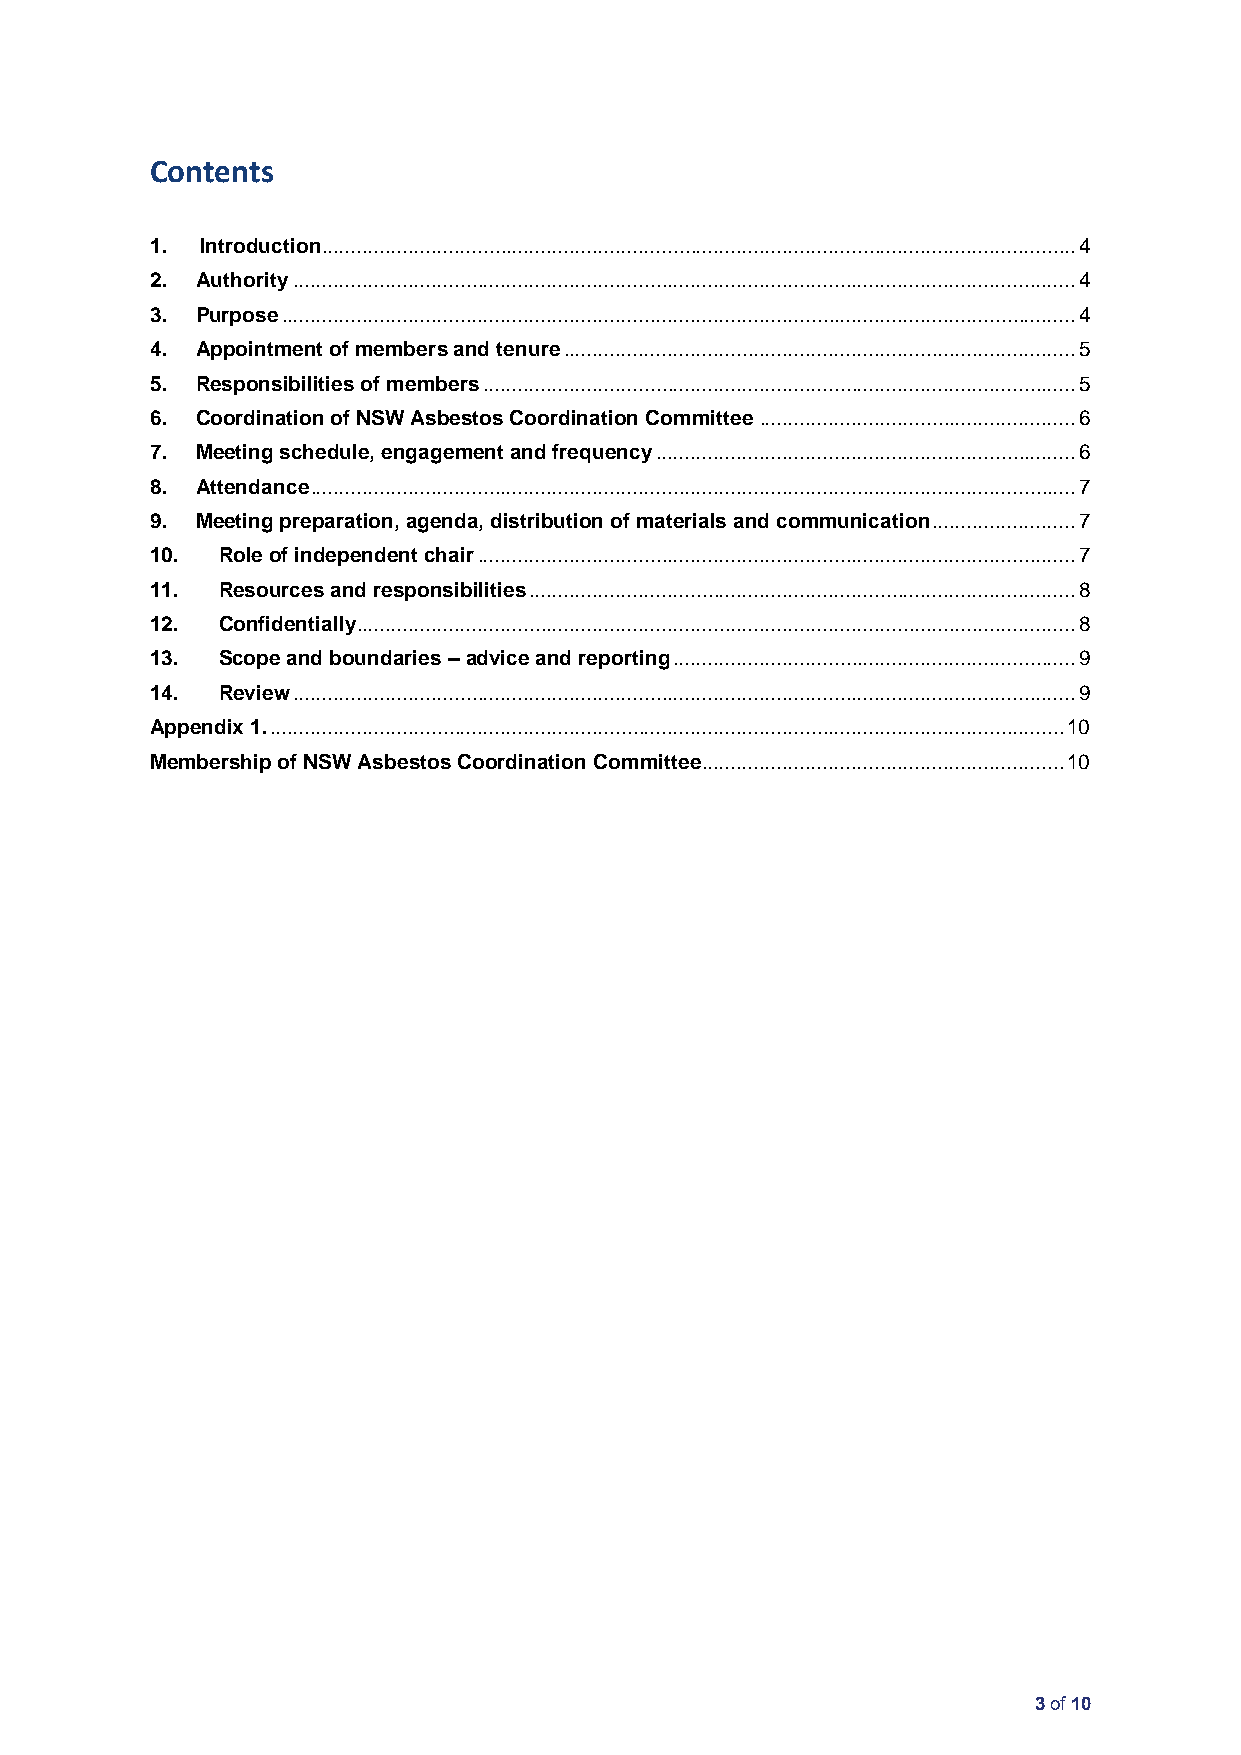
Contents
 1. Introduction ................................................................................................................................... 4
 2. Authority ........................................................................................................................................ 4
 3. Purpose .......................................................................................................................................... 4
 4. Appointment of members and tenure ......................................................................................... 5
 5. Responsibilities of members ....................................................................................................... 5
 6. Coordination of NSW Asbestos Coordination Committee ....................................................... 6
 7. Meeting schedule, engagement and frequency ......................................................................... 6
 8. Attendance ..................................................................................................................................... 7
 9. Meeting preparation, agenda, distribution of materials and communication ......................... 7
 10. Role of independent chair ........................................................................................................ 7
 11. Resources and responsibilities ............................................................................................... 8
 12. Confidentially............................................................................................................................. 8
 13. Scope and boundaries – advice and reporting ...................................................................... 9
 14. Review ........................................................................................................................................ 9
 Appendix 1. .......................................................................................................................................... 10
 Membership of NSW Asbestos Coordination Committee ............................................................... 10
 3 of 10